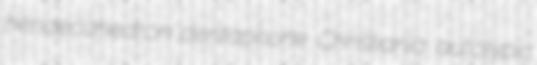
hendecahedron dentaphone Christiania autotypic